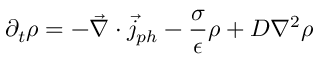
\partial _ { t } \rho = - \vec { \nabla } \cdot \vec { j } _ { p h } - \frac { \sigma } { \epsilon } \rho + D \nabla ^ { 2 } \rho